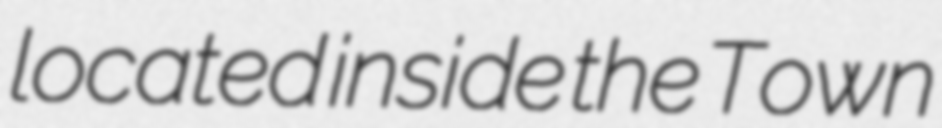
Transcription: located inside the Town